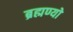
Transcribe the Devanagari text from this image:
ब्रह्मण्यो